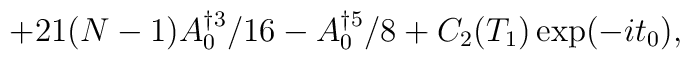
+21(N-1)A_{0}^{\dag 3}/16-A_{0}^{\dag 5}/8+C_{2}(T_{1})\exp(-it_{0}),